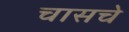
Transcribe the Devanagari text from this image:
चासचे